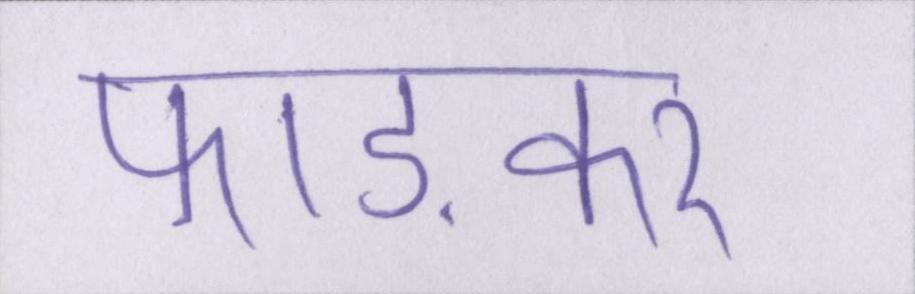
फाड़कर